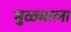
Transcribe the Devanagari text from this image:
मुळ्याला